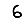
Digit: 6